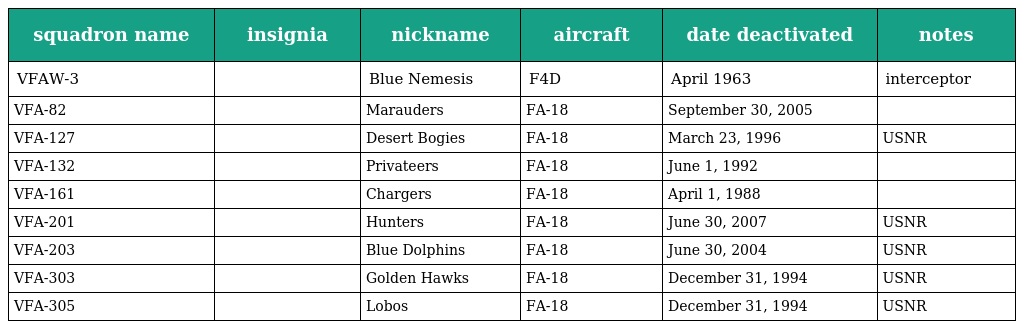
| squadron name | insignia | nickname | aircraft | date deactivated | notes |
 | --- | --- | --- | --- | --- | --- |
 | VFAW-3 |  | Blue Nemesis | F4D | April 1963 | interceptor |
 | VFA-82 |  | Marauders | FA-18 | September 30, 2005 |  |
 | VFA-127 |  | Desert Bogies | FA-18 | March 23, 1996 | USNR |
 | VFA-132 |  | Privateers | FA-18 | June 1, 1992 |  |
 | VFA-161 |  | Chargers | FA-18 | April 1, 1988 |  |
 | VFA-201 |  | Hunters | FA-18 | June 30, 2007 | USNR |
 | VFA-203 |  | Blue Dolphins | FA-18 | June 30, 2004 | USNR |
 | VFA-303 |  | Golden Hawks | FA-18 | December 31, 1994 | USNR |
 | VFA-305 |  | Lobos | FA-18 | December 31, 1994 | USNR |